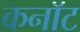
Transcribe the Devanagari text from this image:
कनाॅट